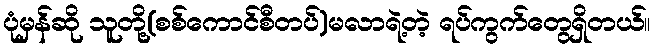
ပုံမှန်ဆို သူတို့(စစ်ကောင်စီတပ်)မလာရဲ့တဲ့ ရပ်ကွက်တွေရှိတယ်။